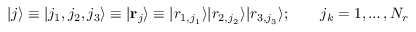
| j \rangle \equiv | j _ { 1 } , j _ { 2 } , j _ { 3 } \rangle \equiv | { \bf r } _ { j } \rangle \equiv | r _ { 1 , j _ { 1 } } \rangle | r _ { 2 , j _ { 2 } } \rangle | r _ { 3 , j _ { 3 } } \rangle ; \qquad j _ { k } = 1 , \ldots , N _ { r }